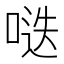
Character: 𱓌